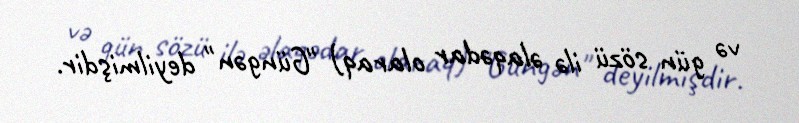
və gün sözü ilə əlaqədar olaraq) "Güngən" deyilmişdir.